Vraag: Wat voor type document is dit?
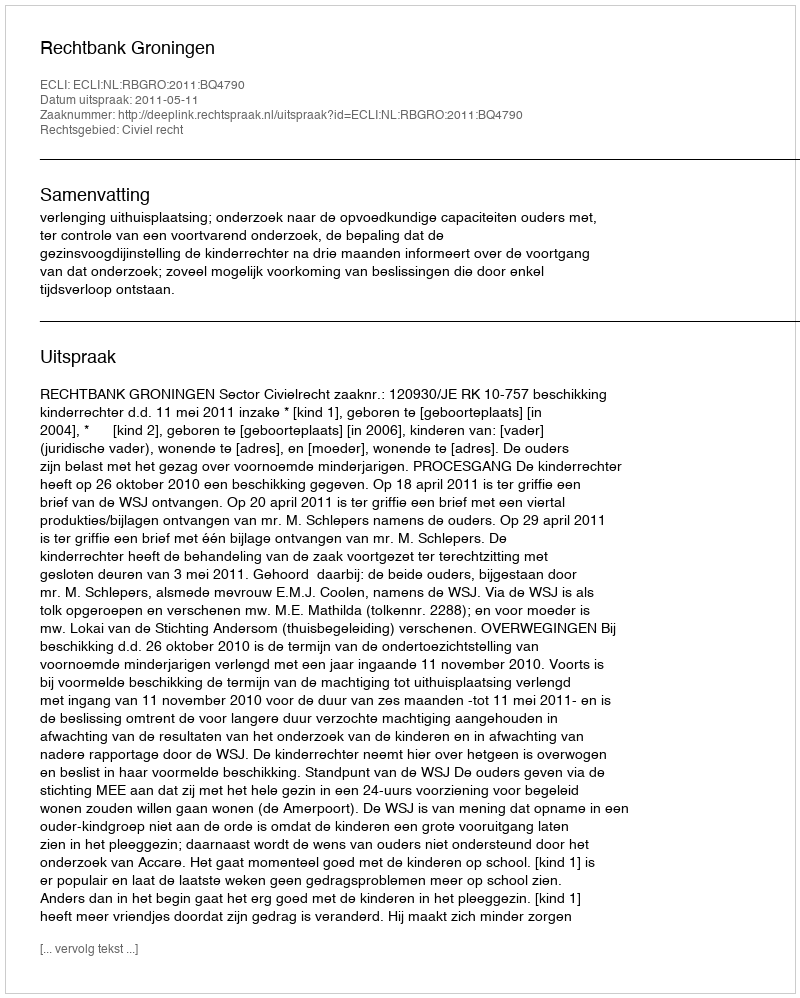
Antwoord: Uitspraak